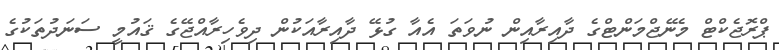
ޕްރޮޖެކްޓް މެނޭޖްމަންޓްގެ ދާއިރާއިން ނުވަތަ އެއާ ގުޅޭ ދާއިރާއަކުން ދިވެހިރާއްޖޭގެ ޤައުމީ ސަނަދުތަކުގެ